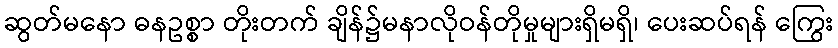
ဆွတ်မနော ဓနဥစ္စာ တိုးတက် ချိန်၌မနာလိုဝန်တိုမှုများရှိမရှိ၊ ပေးဆပ်ရန် ကြွေး